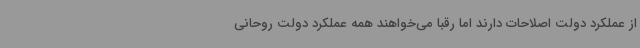
از عملکرد دولت اصلاحات دارند اما رقبا می‌خواهند همه عملکرد دولت روحانی